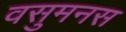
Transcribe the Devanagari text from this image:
वसुमनस